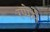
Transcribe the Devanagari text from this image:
रप्पेर्स